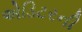
એડિટરની